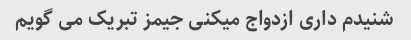
شنیدم داری ازدواج میکنی جیمز تبریک می گویم